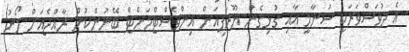
އެ ދުވަސްވަރަކީ ސުނާމީ އާއި ގުޅިގެން ޔޫރަޕިއަން އިންވެސްޓްމަންޓް ބޭނުންކުން ރާއްޖެއަށް ލޯނު